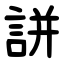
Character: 誁